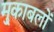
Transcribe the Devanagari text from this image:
मु्काबलों